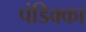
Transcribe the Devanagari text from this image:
पंडिक्का